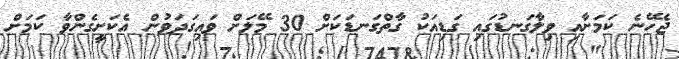
ޖެހޭނެ ކަމަށާއި ވިލާގަނޑުގައި ގަޑިއަކު ގާތްގަނޑަކަށް 30 މޭލަށް ވައިގަދަވުން އެކަށީގެންވާ ކަމަށް